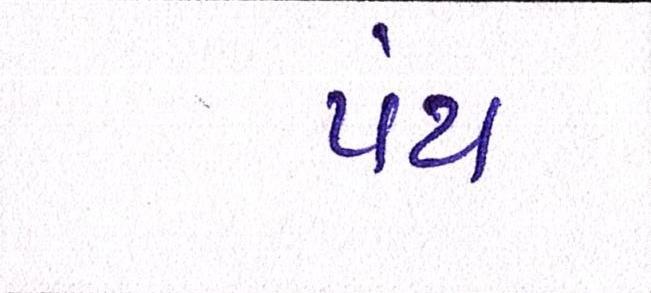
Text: પંથ